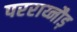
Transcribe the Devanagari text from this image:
परराय्नौड़